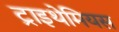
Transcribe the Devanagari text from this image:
ट्राइथेमियस